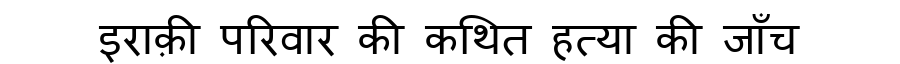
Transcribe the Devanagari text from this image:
इराक़ी परिवार की कथित हत्या की जाँच